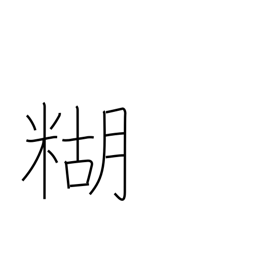
Meaning: paste